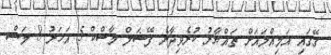
ގޭގައި އަމިއްލައަށް ތައްޔާރު ކުރެވިދާނެ ފޭޝަލް މާސްކް 5 އަހަރު 8 މަސް